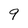
Character: 9